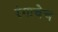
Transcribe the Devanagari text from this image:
रंगाचेच